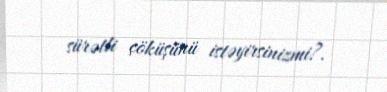
sürətli çöküşünü istəyirsinizmi?.